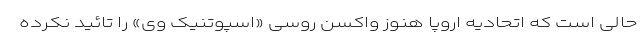
حالی است که اتحادیه اروپا هنوز واکسن روسی «اسپوتنیک وی» را تائید نکرده